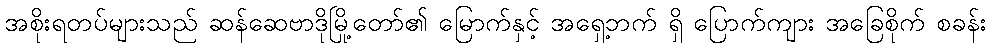
အစိုးရတပ်များသည် ဆန်ဆေဗာဒိုမြို့တော်၏ မြောက်နှင့် အရှေ့ဘက် ရှိ ပြောက်ကျား အခြေစိုက် စခန်း